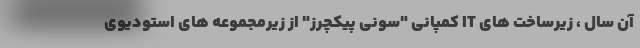
آن سال ، زیرساخت های IT کمپانی "سونی پیکچرز" از زیرمجموعه های استودیوی